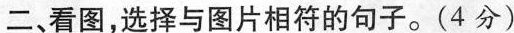
二、看图，选择与图片相符的句子。(4 分)